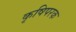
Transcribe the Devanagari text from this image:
कृषिपरक